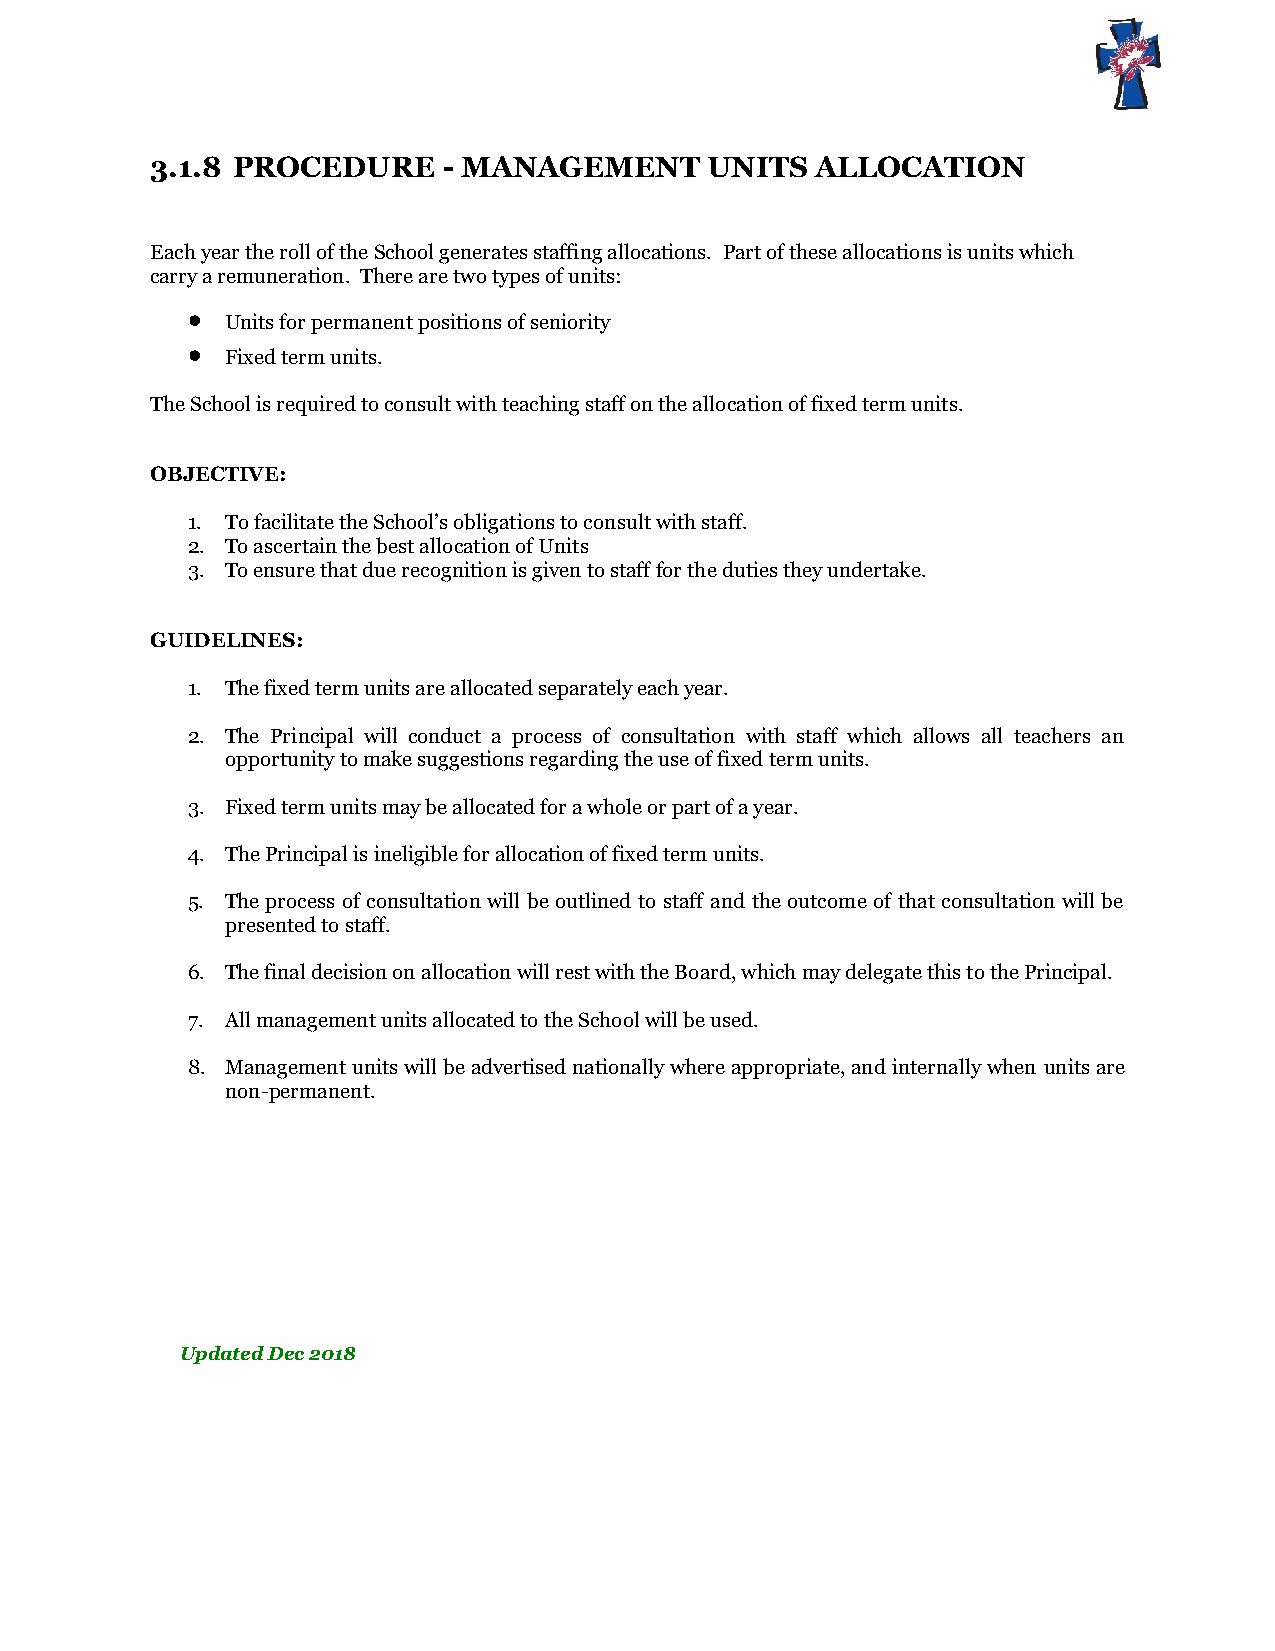
3.1.8 PROCEDURE    - MANAGEMENT      UNITS  ALLOCATION
 Each year the roll of the School generates staffing allocations. Part of these allocations is units which
 carry a remuneration. There are two types of units:
 
 Units for permanent positions of seniority
 
 Fixed term units.
 The School is required to consult with teaching staff on the allocation of fixed term units.
 OBJECTIVE:
 1. To facilitate the School’s obligations to consult with staff.
 2. To ascertain the best allocation of Units
 3. To ensure that due recognition is given to staff for the duties they undertake.
 GUIDELINES:
 1. The fixed term units are allocated separately each year.
 2. The Principal will conduct a process of consultation with staff which allows all teachers an
 opportunity to make suggestions regarding the use of fixed term units.
 3. Fixed term units may be allocated for a whole or part of a year.
 4. The Principal is ineligible for allocation of fixed term units.
 5. The process of consultation will be outlined to staff and the outcome of that consultation will be
 presented to staff.
 6. The final decision on allocation will rest with the Board, which may delegate this to the Principal.
 7. All management units allocated to the School will be used.
 8. Management units will be advertised nationally where appropriate, and internally when units are
 non-permanent.
 Updated Dec 2018